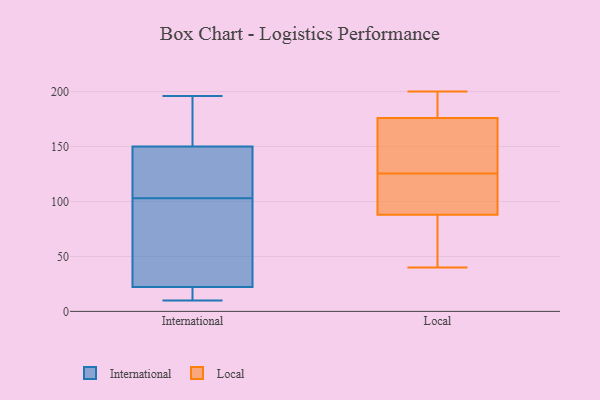
{"axis": {"x": "Backlog", "y": "Value"}, "legend": ["International", "Local"], "data": [{"x": "", "y": 12, "type": "International"}, {"x": "", "y": 22, "type": "International"}, {"x": "", "y": 60, "type": "International"}, {"x": "", "y": 103, "type": "International"}, {"x": "", "y": 154, "type": "International"}, {"x": "", "y": 53, "type": "International"}, {"x": "", "y": 138, "type": "International"}, {"x": "", "y": 132, "type": "International"}, {"x": "", "y": 183, "type": "International"}, {"x": "", "y": 109, "type": "International"}, {"x": "", "y": 196, "type": "International"}, {"x": "", "y": 182, "type": "International"}, {"x": "", "y": 12, "type": "International"}, {"x": "", "y": 194, "type": "International"}, {"x": "", "y": 23, "type": "International"}, {"x": "", "y": 102, "type": "International"}, {"x": "", "y": 128, "type": "International"}, {"x": "", "y": 10, "type": "International"}, {"x": "", "y": 22, "type": "International"}, {"x": "", "y": 176, "type": "Local"}, {"x": "", "y": 140, "type": "Local"}, {"x": "", "y": 110, "type": "Local"}, {"x": "", "y": 67, "type": "Local"}, {"x": "", "y": 90, "type": "Local"}, {"x": "", "y": 172, "type": "Local"}, {"x": "", "y": 40, "type": "Local"}, {"x": "", "y": 152, "type": "Local"}, {"x": "", "y": 95, "type": "Local"}, {"x": "", "y": 111, "type": "Local"}, {"x": "", "y": 198, "type": "Local"}, {"x": "", "y": 184, "type": "Local"}, {"x": "", "y": 153, "type": "Local"}, {"x": "", "y": 108, "type": "Local"}, {"x": "", "y": 200, "type": "Local"}, {"x": "", "y": 194, "type": "Local"}, {"x": "", "y": 69, "type": "Local"}, {"x": "", "y": 50, "type": "Local"}, {"x": "", "y": 176, "type": "Local"}, {"x": "", "y": 86, "type": "Local"}]}